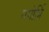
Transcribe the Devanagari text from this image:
गंगोर्भि